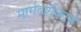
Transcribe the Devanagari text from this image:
मार्गदर्शकाने